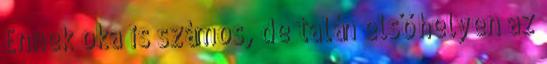
Ennek oka is számos, de talán első helyen az